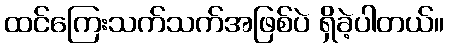
ထင်ကြေးသက်သက်အဖြစ်ပဲ ရှိခဲ့ပါတယ်။